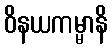
ဝိနယကမ္မာနိ